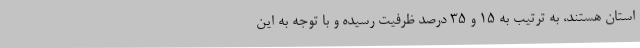
استان هستند، به ترتیب به ۱۵ و ۳۵ درصد ظرفیت رسیده و با توجه به این